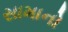
સામાનો